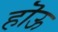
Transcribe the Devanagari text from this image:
हॊऊ